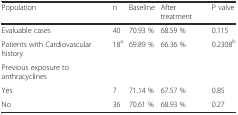
<table><thead><tr><td><b>Population</b></td><td><b>n</b></td><td><b>Baseline</b></td><td><b>After treatment</b></td><td><b>P valve</b></td></tr></thead><tbody><tr><td>Evaluable cases</td><td>40</td><td>70.93 %</td><td>68.59 %</td><td>0.115</td></tr><tr><td>Patients with Cardiovascular history</td><td>18<sup>a</sup></td><td>69.89 %</td><td>66.36 %</td><td>0.2308<sup>b</sup></td></tr><tr><td>Previous exposure to anthracyclines</td><td></td><td></td><td></td><td></td></tr><tr><td>Yes</td><td>7</td><td>71.14 %</td><td>67.57 %</td><td>0.85</td></tr><tr><td>No</td><td>36</td><td>70.61 %</td><td>68.93 %</td><td>0.27</td></tr></tbody></table>